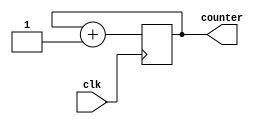
module counter(clk,counter);
input clk;
output reg [31:0] counter=0;
always@(posedge clk)
counter<=counter+1;
endmodule